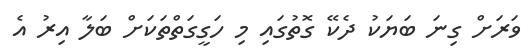
ވަރަށް ގިނަ ބަޔަކު ދެކޭ ގޮތުގައި މި ހަގީގަތްތަކަށް ބަލާ އިރު އެ